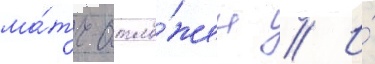
ма́тч отло́жен // И́